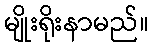
မျိုးရိုးနာမည်။